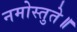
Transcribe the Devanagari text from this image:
नमोस्तुते॥